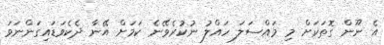
އެ ނޫން ގޮތަކަށް މި މައްސަލަ ހައްލު ނުކުރެވޭނެ ކަމަށް އޭނާ ދެކެވަޑައިގަންނަވަ